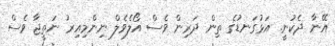
އޭނާ ދެކުނީ. އަޅުގަނޑުގެ ތިން ދަރިން ވެސް އޯލެވެލް ނިންމިއިރު ނަތީޖާ ވެސް